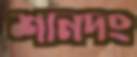
শানদং